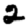
Digit: 2